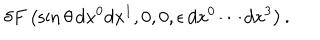
\delta F \left( \sin \theta \, d x ^ { 0 } d x ^ { 1 } , 0 , 0 , \epsilon \, d x ^ { 0 } \cdots d x ^ { 3 } \right) .